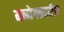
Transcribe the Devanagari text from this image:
मनोगतवरील